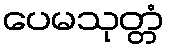
ပေမသုတ္တံ